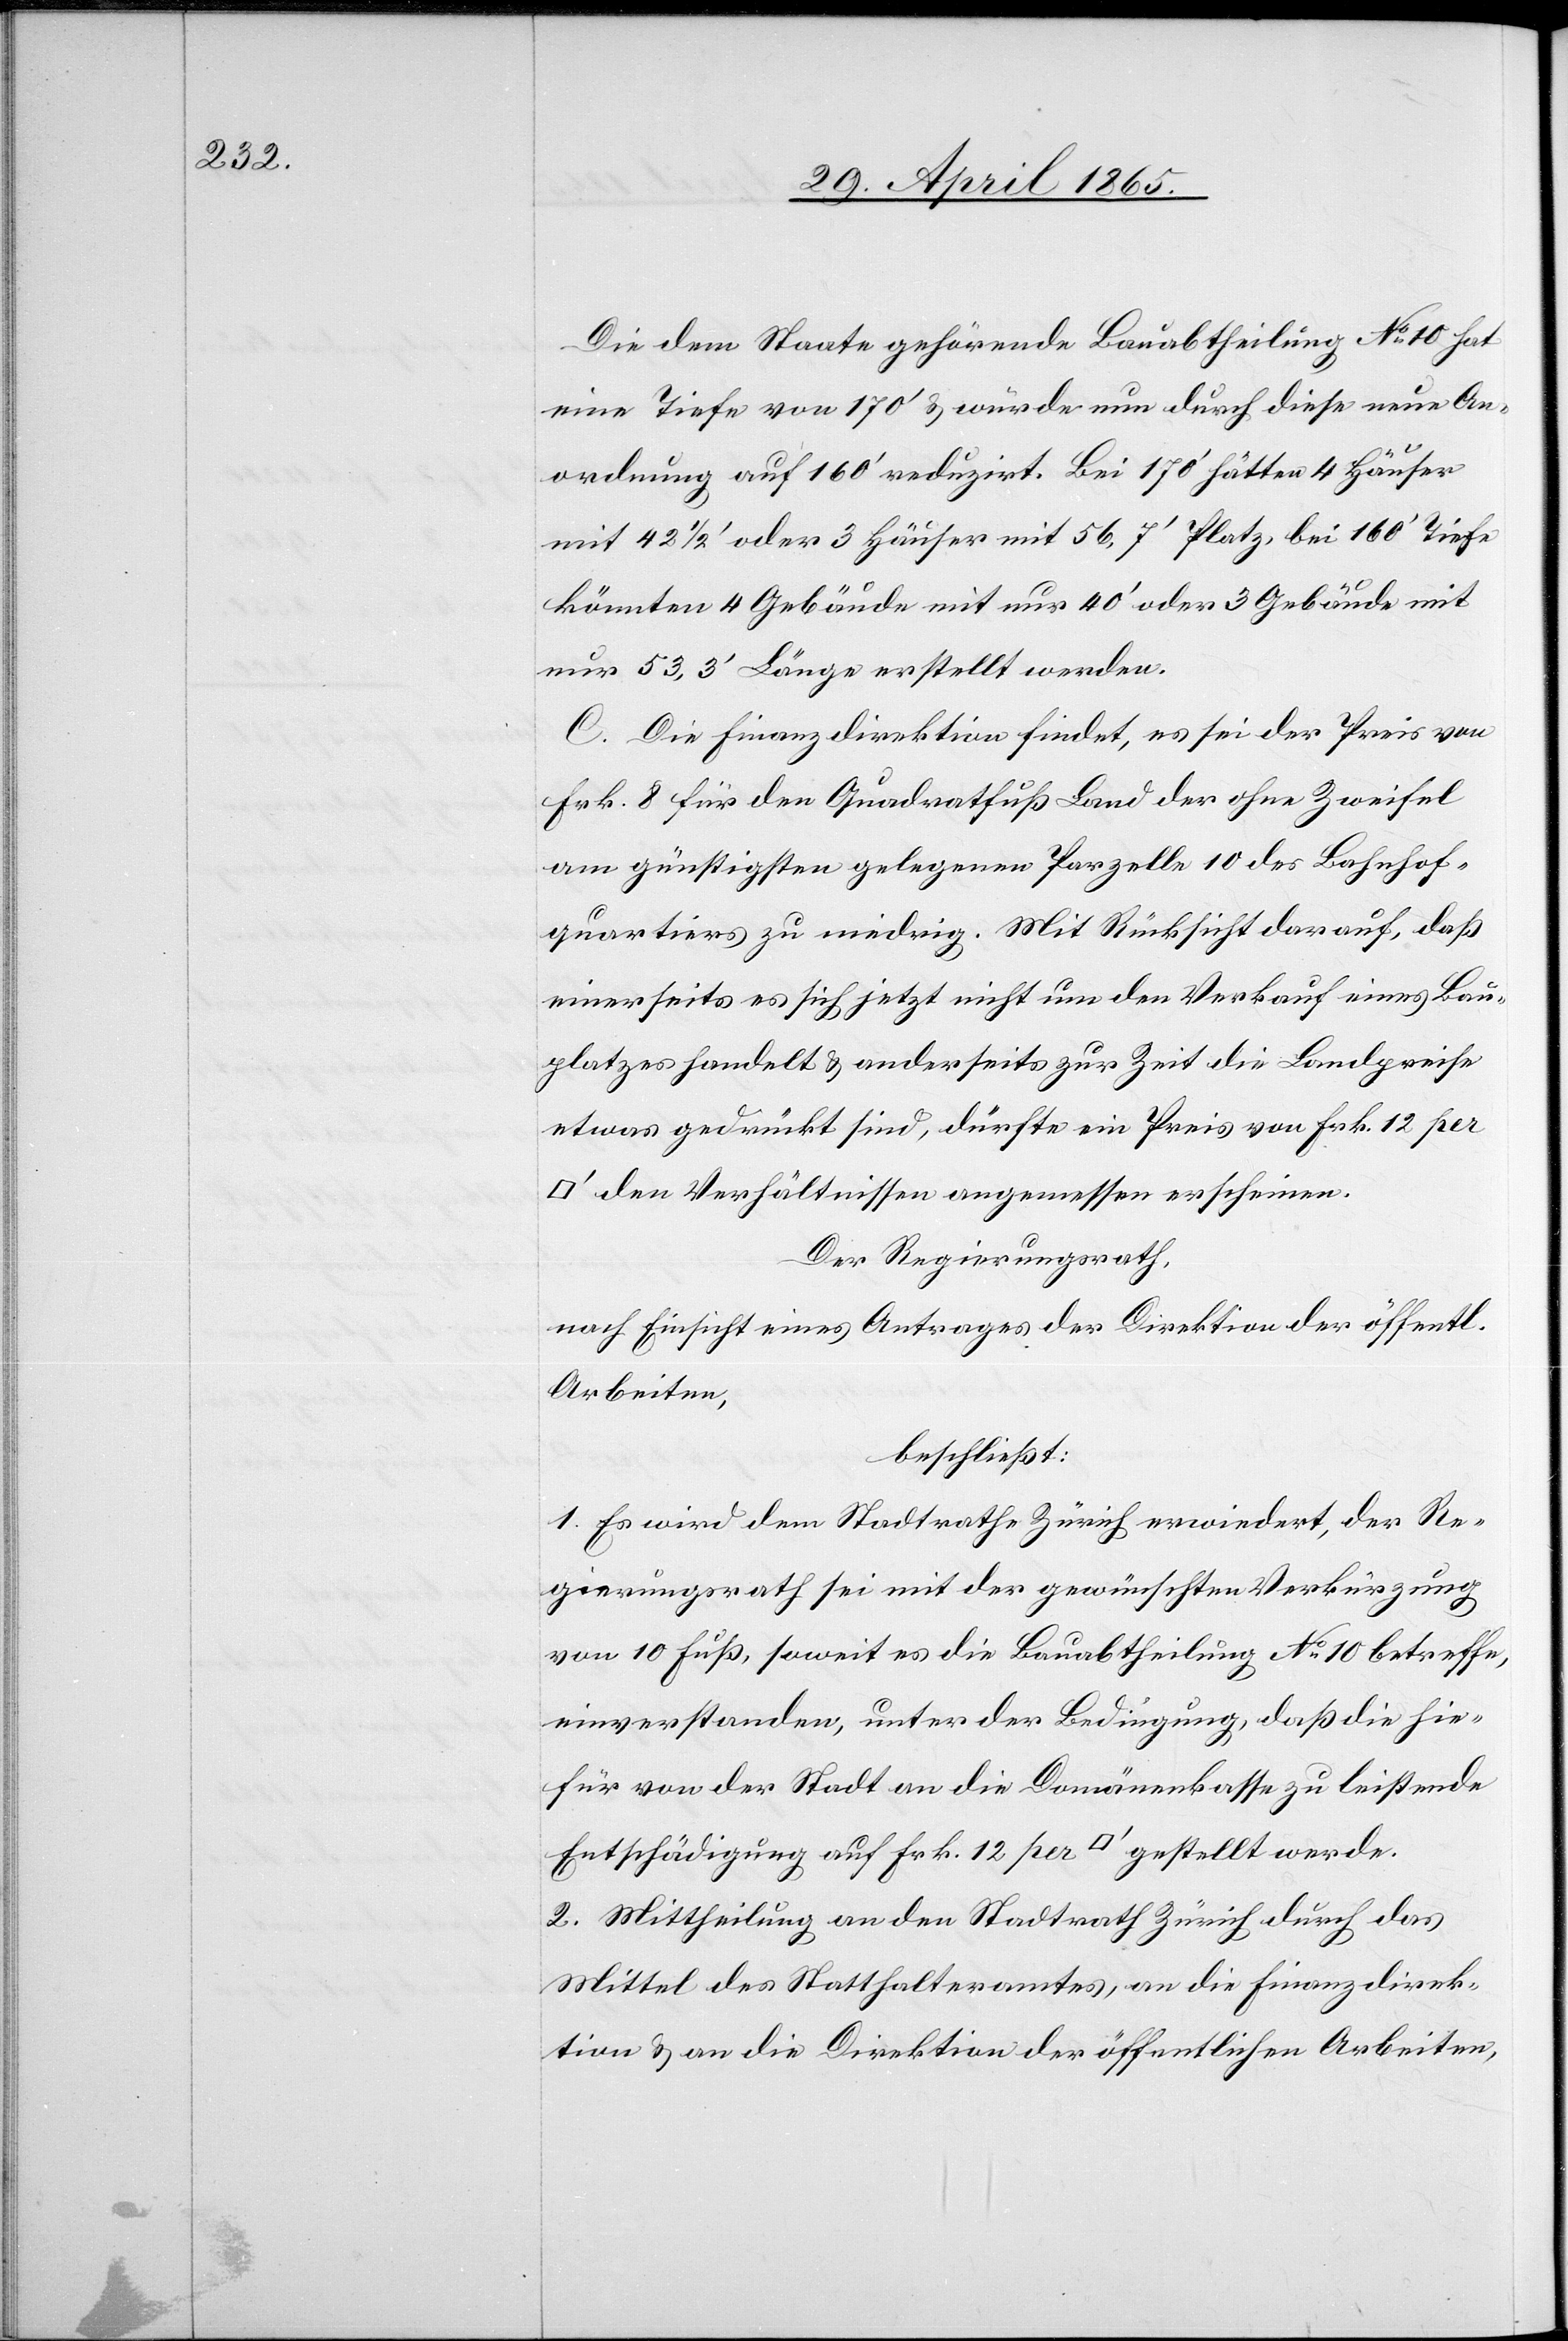
Die dem Staate gehörende Bauabtheilung No 10 hat
eine Tiefe von 170’ & würde nun durch diese neue An¬
ordnung auf 160’ reduzirt. Bei 170' hätten 4 Häuser
mit 42 ½’oder 3 Häuser mit 56,7’ Platz bei 160’ Tiefe
könnten 4 Gebäude mit nur 40’ oder 3 Gebäude mit
nur 53,3’ Länge erstellt werden.
C. Die Finanzdirektion findet, es sei der Preis von
Frk. 8 für den Quadratfuß Land der ohne Zweifel
am günstigsten gelegenen Parzelle 10 des Bahnhof¬
quartiers zu niedrig. Mit Rücksicht darauf, daß
einerseits es sich jetzt nicht um den Verkauf eines Bau¬
platzes handelt & anderseits zur Zeit die Landpreise
etwas gedrückt sind, dürfte ein Preis von Frk. 12 per
den Verhältnissen angemessen erscheinen.
Der Regierungsrath,
nach Einsicht eines Antrages der Direktion der öffentl.
Arbeiten,
beschließt:
1. Es wird dem Stadtrathe Zürich erwiedert, der Re¬
gierungsrath sei mit der gewünschten Verkürzung
von 10 Fuß, soweit es die Bauabtheilung No 10 betreffe,
einverstanden, unter der Bedingung, daß die hie¬
für von der Stadt an die Domänenkasse zu leistende
Entschädigung auf Frk. 12 per [Quadratfuss] gestellt werde.
2. Mittheilung an den Stadtrath Zürich durch das
Mittel des Statthalteramtes, an die Finanzdirek¬
tion & an die Direktion der öffentlichen Arbeiten,